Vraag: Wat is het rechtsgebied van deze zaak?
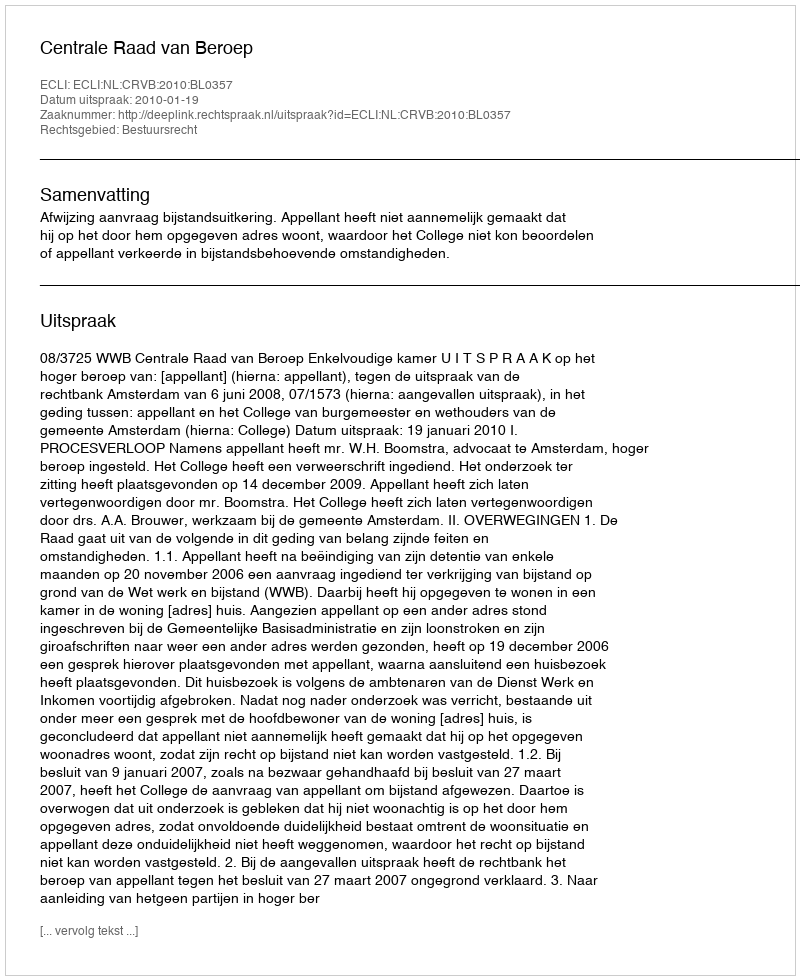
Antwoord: Bestuursrecht